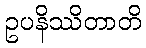
ဥပနိဿိတာတိ